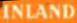
INLAND